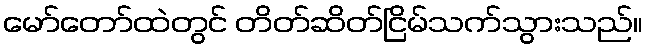
မော်တော်ထဲတွင် တိတ်ဆိတ်ငြိမ်သက်သွားသည်။